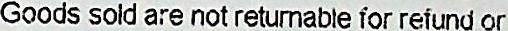
GOODS SOLD ARE NOT RETURNABLE FOR REFUND OR